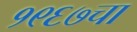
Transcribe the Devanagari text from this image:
१९६७चा